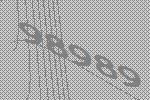
98989